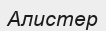
Алистер